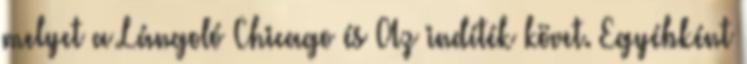
melyet a Lángoló Chicago és Az indíték követ. Egyébként